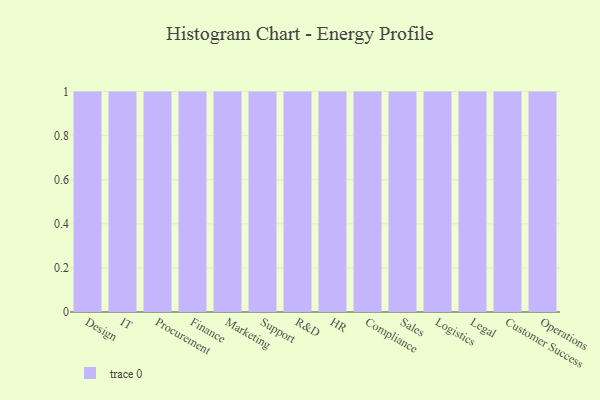
{"axis": {"x": "Department", "y": "Conversion Rate (%)"}, "legend": [""], "data": [{"x": "Design", "y": 60, "type": ""}, {"x": "IT", "y": 28, "type": ""}, {"x": "Procurement", "y": 94, "type": ""}, {"x": "Finance", "y": 4, "type": ""}, {"x": "Marketing", "y": 45, "type": ""}, {"x": "Support", "y": 31, "type": ""}, {"x": "R&D", "y": 16, "type": ""}, {"x": "HR", "y": 44, "type": ""}, {"x": "Compliance", "y": 72, "type": ""}, {"x": "Sales", "y": 28, "type": ""}, {"x": "Logistics", "y": 13, "type": ""}, {"x": "Legal", "y": 56, "type": ""}, {"x": "Customer Success", "y": 99, "type": ""}, {"x": "Operations", "y": 18, "type": ""}]}